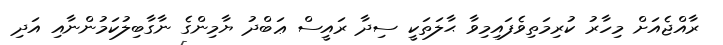
ރާއްޖެއަށް މިހާރު ކުރިމަތިވެފައިމިވާ ޙާލަތަކީ ސިދާ ރައީސް ޢަބްދު ޔާމިންގެ ނާގާބިލުކަމުންނާއި އަދި